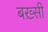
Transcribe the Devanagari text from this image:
बख़्सी